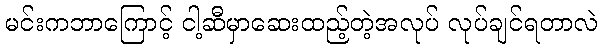
မင်းကဘာကြောင့် ငါ့ဆီမှာဆေးထည့်တဲ့အလုပ် လုပ်ချင်ရတာလဲ